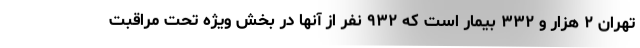
تهران ۲ هزار و ۳۳۲ بیمار است که ۹۳۲ نفر از آنها در بخش ویژه تحت مراقبت